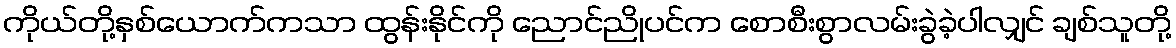
ကိုယ်တို့နှစ်ယောက်ကသာ ထွန်းနိုင်ကို ညောင်ညိုပင်က စောစီးစွာလမ်းခွဲခဲ့ပါလျှင် ချစ်သူတို့